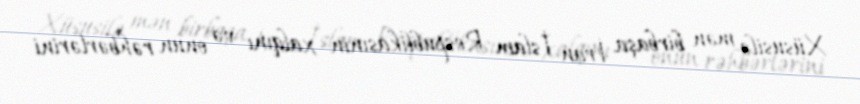
Xüsusilə mən birbaşa İran İslam Respublikasının xalqını və onun rəhbərlərini